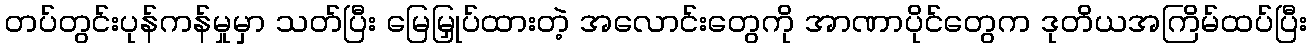
တပ်တွင်းပုန်ကန်မှုမှာ သတ်ပြီး မြေမြှုပ်ထားတဲ့ အလောင်းတွေကို အာဏာပိုင်တွေက ဒုတိယအကြိမ်ထပ်ပြီး